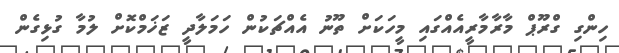
ހިންގި ގްރޫޕް މާރާމާރީއެއްގައި މީހަކަށް ތޫނު އެއްޗަކުން ހަމަލާދީ ޒަޚަމްކޮށް ލުމާ ގުޅިގެން